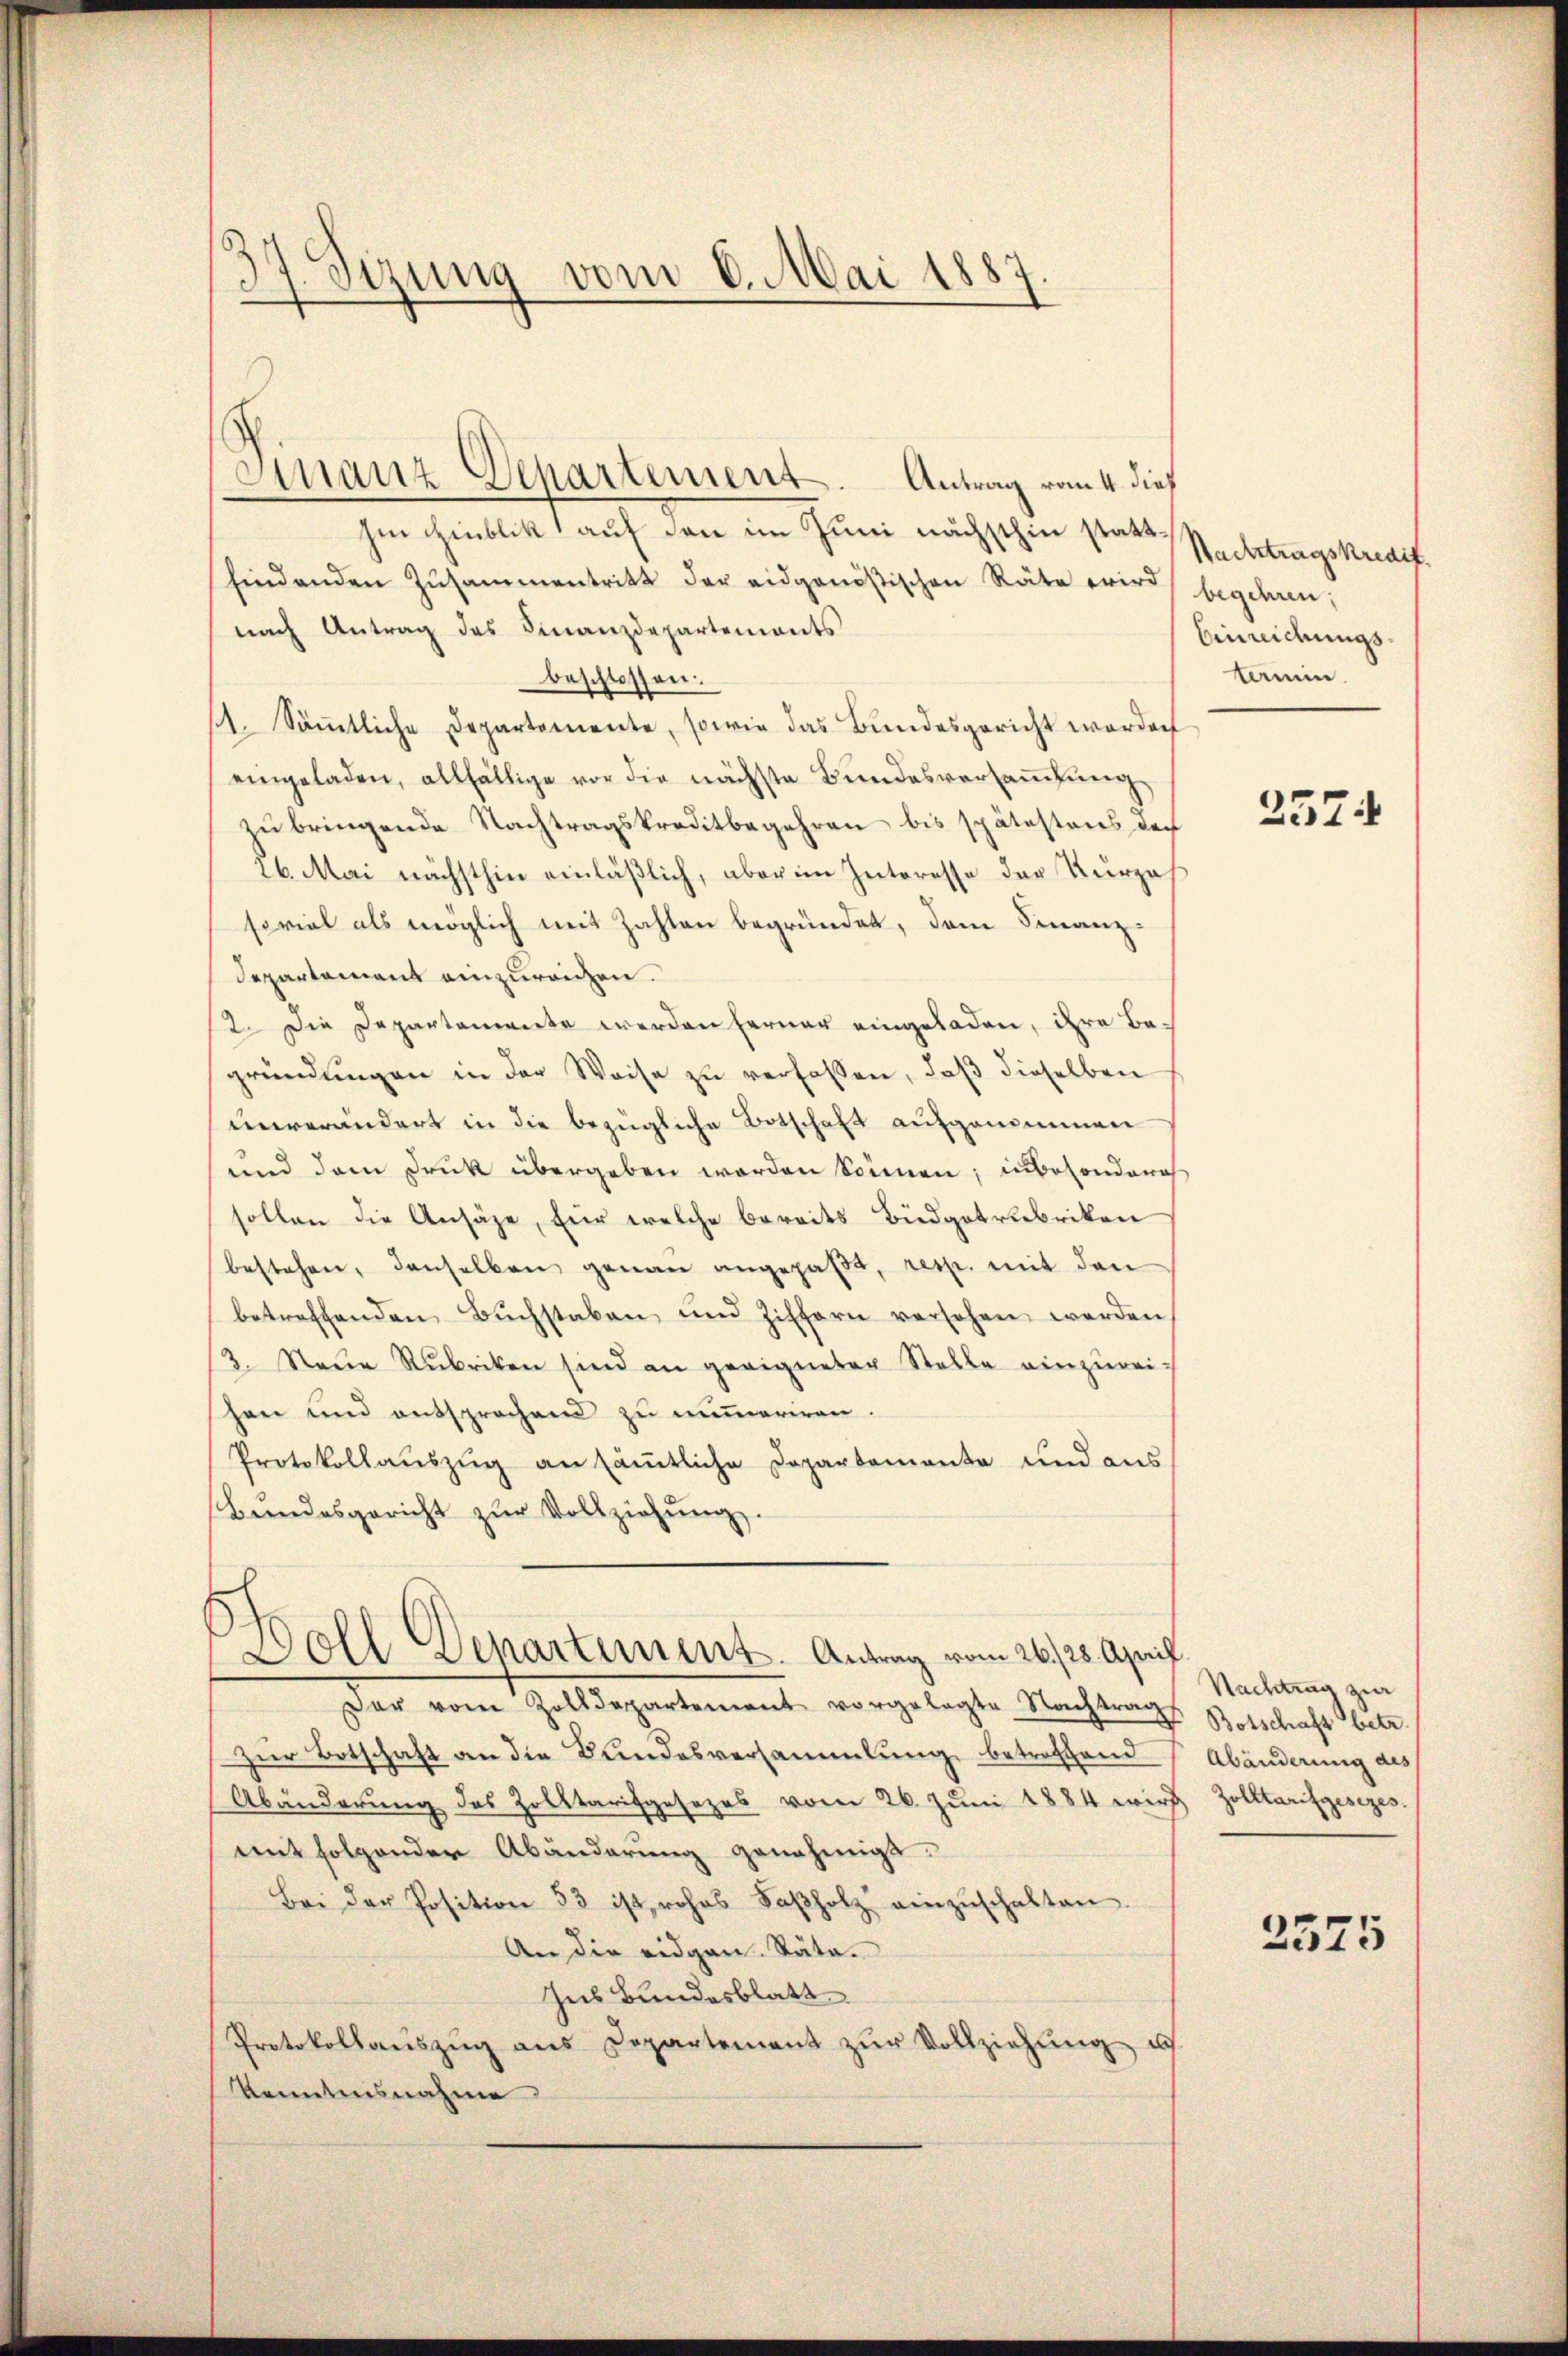
37. Sizung vom 6. Mai 1887.

Finanz Departement. Antrag vom 4. dieß

hen Hinblik auf den im Juni nächsthin stattfindenden Zusammentritt der eidgenößischen Räte wird begehren;
nach Antrag des Finanzdepartements
beschlossen:
11. Säṁtliche Departemente, sowie das Bundesgericht worden
eingeladen, allfällige vor die nächste Bundesversammlung
zŭ bringende Nachtragskreditbegehren bis spätestens doch
26. Mai nächsthin einläßlich, aber im Interesse der Kurzah
soviel als möglich mit Zahlen begründet, den Finanz-
Departement einzureichen.
2. Die Departemente werden ferner eingeladen, ihre Begründŭngen in der Weise zŭ verfassen, daβ dieselben
unverändert in die bezügliche Botschaft aufgenommen
und dem Druk übergeben werden können; inbesonderich
sollen die Ansähe, für welche bereits Büdgetrubriken
bestehen, denselben genau angepaßt, resp. mit den
betreffenden Buchstaben und Ziffern versehen werden
13. Neue Rubriken sind an geeigneter Stelle einzureischen und entsprochend zu mimeriren.
Protokollauszug an sämmtliche Departemente und aus
Bŭndesgericht zŭr Vollziehŭng.
Doll Departement. Antrag vom 26. 28. April
Der vom Zolldepartement vorgelegte Nachtrags
Zur Botschaft an die Bandesversammlung betroffend
Abänderung des Zolltarifgesezes vom 26. Jŭni 1884 wird Zolltarifgesezes.
mit folgender Abänderung genehmigt.
Bei der Position 53 ist, rohes Saβholz einzŭschalten.
An die eidgen. Räte.
Ins Bundesblatt
Protokollaŭszŭg ans Departement zŭr Vollziehŭng u
kenntnisnahme

Nachtragskredit.
Einreichungslanin.

2574

Nachtrag zur
Botschaft betr.
Abänderung des

2575